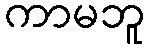
ကာမဘူ